Veterinary regulations India, 1939 -
Year: 1939
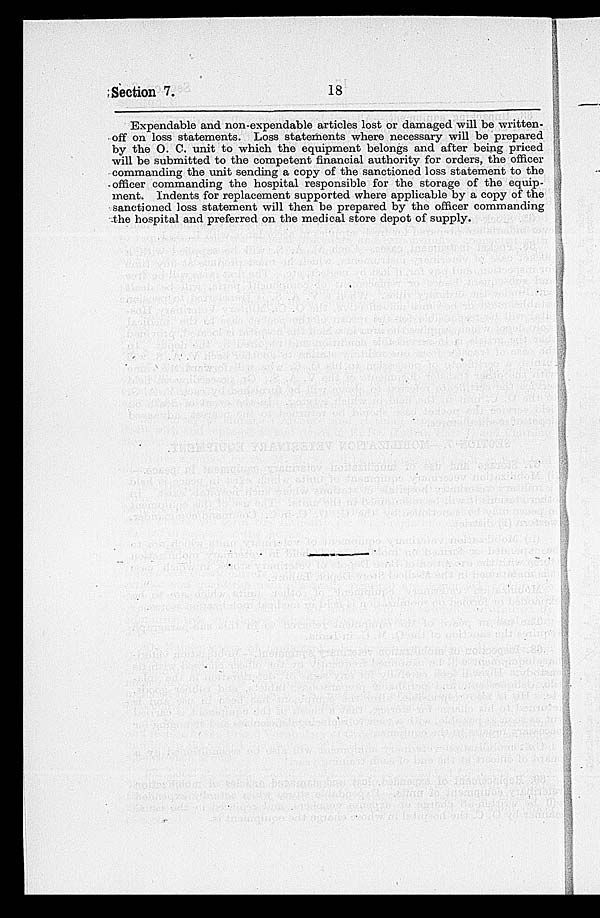
Section 7.
18
Expendable and non-expendable articles lost or damaged will be written-
off on loss statements. Loss statements where necessary will be prepared
by the O. C. unit to which the equipment belongs and after being priced
will be submitted to the competent financial authority for orders, the officer
commanding the unit sending a copy of the sanctioned loss statement to the
officer commanding the hospital responsible for the storage of the equip-
ment. Indents for replacement supported where applicable by a copy of the
sanctioned loss statement will then be prepared by the officer commanding
the hospital and preferred on the medical store depot of supply.